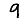
Digit: 9